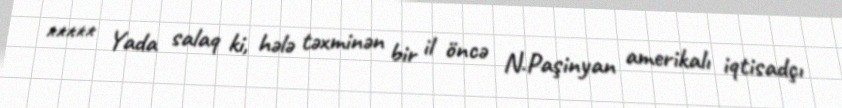
***** Yada salaq ki, hələ təxminən bir il öncə N.Paşinyan amerikalı iqtisadçı